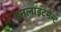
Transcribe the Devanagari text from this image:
इनलाइटमेन्ट